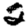
Digit: 2